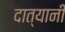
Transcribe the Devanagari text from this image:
दात्यानी